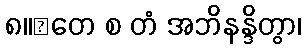
၈။	တေ စ တံ အဘိနန္ဒိတွာ၊